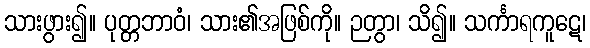
သားဖွား၍။ ပုတ္တဘာဝံ၊ သား၏အဖြစ်ကို။ ဉတွာ၊ သိ၍။ သင်္ကာရကူဋေ၊